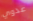
عدوي